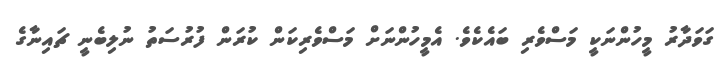
ގަވަދާރު މީހުންނަކީ މަސްވެރި ބައެކެވެ. އެމީހުންނަށް މަސްވެރިކަން ކުރަން ފުރުސަތު ނުލިބެނީ ޗައިނާގެ